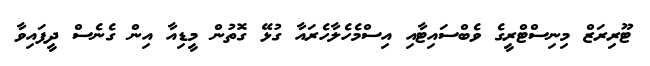
ޓޫރިރަޒް މިނިސްޓްރީގެ ވެބްސައިޓާއި އިސްމެހެލާހެރައާ ގުޅޭ ގޮތުން މީޑިއާ އިން ގެނެސް ދީފައިވާ